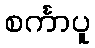
စင်္ကာပူ